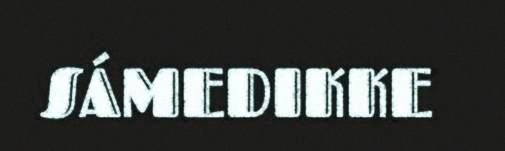
SÁMEDIKKE